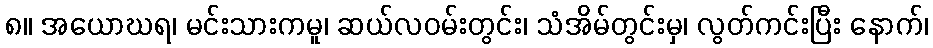
၈။ အယောဃရ၊ မင်းသားကမူ၊ ဆယ်လဝမ်းတွင်း၊ သံအိမ်တွင်းမှ၊ လွတ်ကင်းပြီး နောက်၊